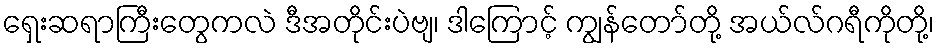
ရှေးဆရာကြီးတွေကလဲ ဒီအတိုင်းပဲဗျ၊ ဒါကြောင့် ကျွန်တော်တို့ အယ်လ်ဂရီကိုတို့၊